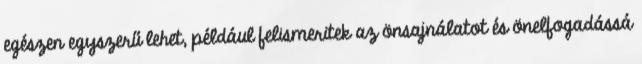
egészen egyszerű lehet, például felismeritek az önsajnálatot és önelfogadássá